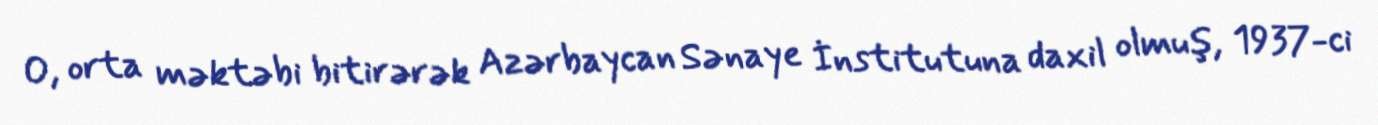
O, orta məktəbi bitirərək Azərbaycan Sənaye İnstitutuna daxil olmuş, 1937-ci